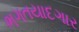
ભગતયાદગાર